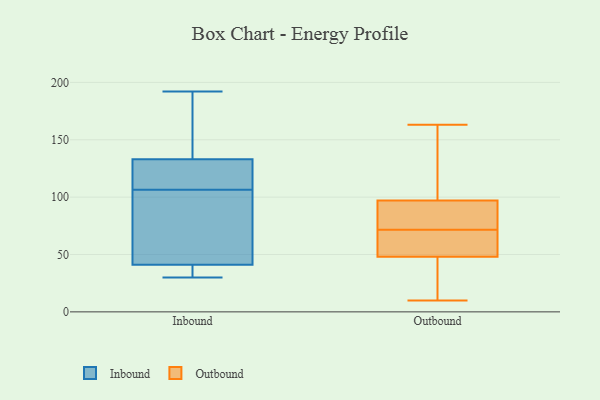
{"axis": {"x": "LTV (USD)", "y": "Value"}, "legend": ["Inbound", "Outbound"], "data": [{"x": "", "y": 107, "type": "Inbound"}, {"x": "", "y": 41, "type": "Inbound"}, {"x": "", "y": 169, "type": "Inbound"}, {"x": "", "y": 83, "type": "Inbound"}, {"x": "", "y": 116, "type": "Inbound"}, {"x": "", "y": 192, "type": "Inbound"}, {"x": "", "y": 177, "type": "Inbound"}, {"x": "", "y": 136, "type": "Inbound"}, {"x": "", "y": 93, "type": "Inbound"}, {"x": "", "y": 114, "type": "Inbound"}, {"x": "", "y": 51, "type": "Inbound"}, {"x": "", "y": 133, "type": "Inbound"}, {"x": "", "y": 30, "type": "Inbound"}, {"x": "", "y": 31, "type": "Inbound"}, {"x": "", "y": 33, "type": "Inbound"}, {"x": "", "y": 30, "type": "Inbound"}, {"x": "", "y": 106, "type": "Inbound"}, {"x": "", "y": 130, "type": "Inbound"}, {"x": "", "y": 62, "type": "Outbound"}, {"x": "", "y": 42, "type": "Outbound"}, {"x": "", "y": 10, "type": "Outbound"}, {"x": "", "y": 131, "type": "Outbound"}, {"x": "", "y": 163, "type": "Outbound"}, {"x": "", "y": 77, "type": "Outbound"}, {"x": "", "y": 56, "type": "Outbound"}, {"x": "", "y": 97, "type": "Outbound"}, {"x": "", "y": 67, "type": "Outbound"}, {"x": "", "y": 48, "type": "Outbound"}, {"x": "", "y": 162, "type": "Outbound"}, {"x": "", "y": 91, "type": "Outbound"}, {"x": "", "y": 76, "type": "Outbound"}, {"x": "", "y": 26, "type": "Outbound"}]}